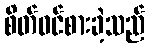
စိတ်ဝင်စားခဲ့သည်